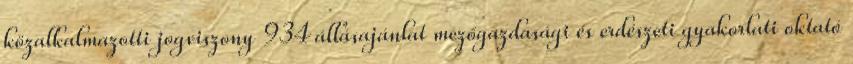
közalkalmazotti jogviszony 934 állásajánlat mezőgazdasági és erdészeti gyakorlati oktató